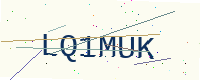
Text: LQ1MUK